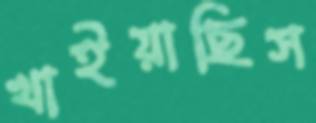
খাইয়াছিস